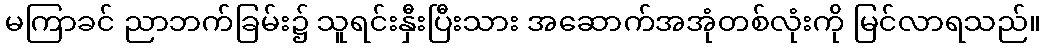
မကြာခင် ညာဘက်ခြမ်း၌ သူရင်းနှီးပြီးသား အဆောက်အအုံတစ်လုံးကို မြင်လာရသည်။